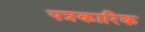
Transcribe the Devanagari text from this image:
पत्रकारिक